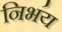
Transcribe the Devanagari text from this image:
निभ॔य